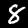
Digit: 8